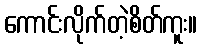
ကောင်းလိုက်တဲ့စိတ်ကူး။